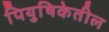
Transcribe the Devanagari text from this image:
पियुषिकेतील